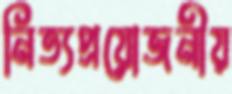
নিত্যপ্রয়োজনীয়